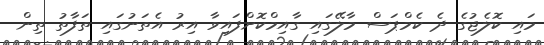
މައި ކޮލެޖުގެ ދެ ކެމްޕަސް މާލޭގައި ގާއިމްކޮށްފައިވާ އިރު އެތަނުގައި ތަފާތު ތިން